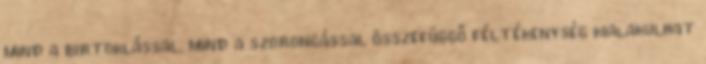
mind a birtoklással, mind a szorongással összefüggő féltékenység kialakulhat